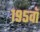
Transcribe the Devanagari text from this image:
१९५वॉ